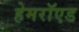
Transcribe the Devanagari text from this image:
हेमरॉएड